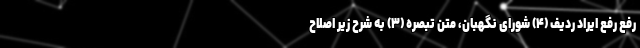
رفع رفع ایراد ردیف (۴) شورای نگهبان، متن تبصره (۳) به شرح زیر اصلاح